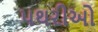
પથરીઓ